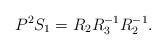
LaTeX: \begin{align*} P^2S_1=R_2R_3^{-1}R_2^{-1}. \end{align*}